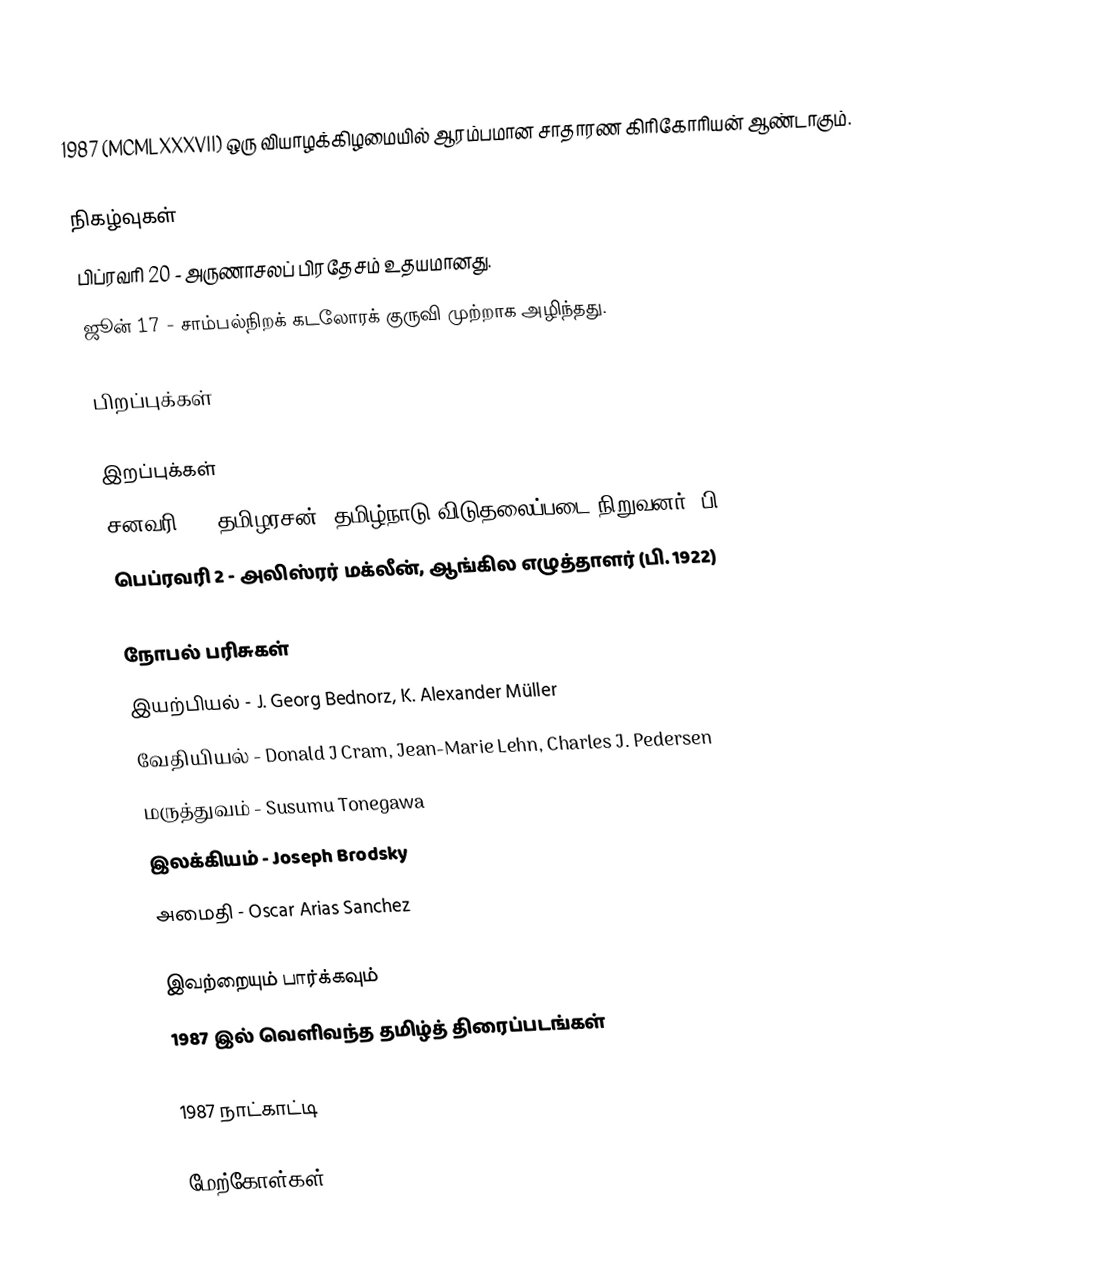
1987  (MCMLXXXVII) ஒரு வியாழக்கிழமையில் ஆரம்பமான சாதாரண கிரிகோரியன் ஆண்டாகும்.

நிகழ்வுகள்
 பிப்ரவரி 20 - அருணாசலப் பிரதேசம் உதயமானது.
 ஜூன் 17 - சாம்பல்நிறக் கடலோரக் குருவி முற்றாக அழிந்தது.

பிறப்புக்கள்

இறப்புக்கள்
 சனவரி 9 - தமிழரசன், தமிழ்நாடு விடுதலைப்படை நிறுவனர் (பி. 1945)
 பெப்ரவரி 2 - அலிஸ்ரர் மக்லீன், ஆங்கில எழுத்தாளர் (பி. 1922)

நோபல் பரிசுகள்
 இயற்பியல் - J. Georg Bednorz, K. Alexander Müller
 வேதியியல் - Donald J Cram, Jean-Marie Lehn, Charles J. Pedersen
 மருத்துவம் - Susumu Tonegawa
 இலக்கியம் - Joseph Brodsky
 அமைதி - Oscar Arias Sanchez

இவற்றையும் பார்க்கவும்
 1987 இல் வெளிவந்த தமிழ்த் திரைப்படங்கள்

1987 நாட்காட்டி

மேற்கோள்கள்